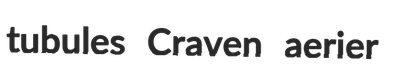
tubules Craven aerier